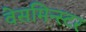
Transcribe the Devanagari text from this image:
वेसमिन्स्टर